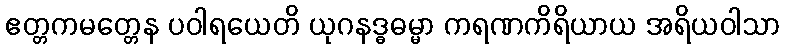
ဧတ္တကမတ္တေန ပဝါရယေတိ ယုဂနဒ္ဓဓမ္မာ ကရဏကိရိယာယ အရိယဝါသာ